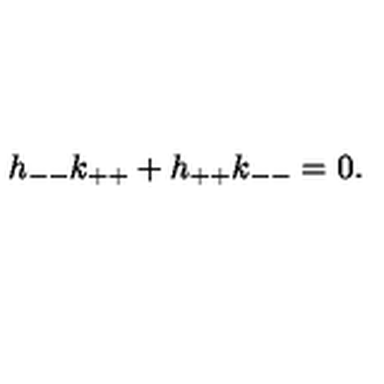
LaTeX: h _ { -- } k _ { + + } + h _ { + + } k _ { -- } = 0 .